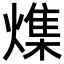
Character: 𪹯